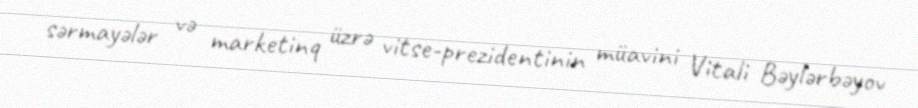
sərmayələr və marketinq üzrə vitse-prezidentinin müavini Vitali Bəylərbəyov